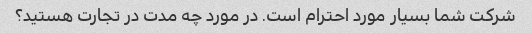
شرکت شما بسیار مورد احترام است. در مورد چه مدت در تجارت هستید؟